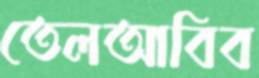
তেলআবিব